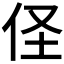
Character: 𮯻